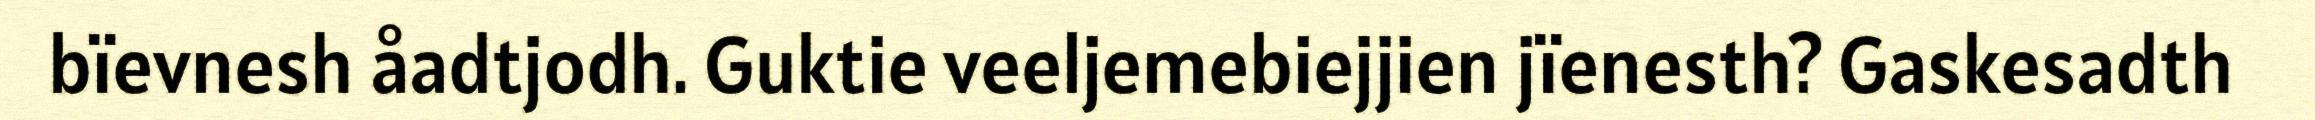
bïevnesh åadtjodh. Guktie veeljemebiejjien jïenesth? Gaskesadth